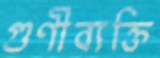
গুণীব্যক্তি